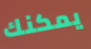
يمكنك